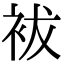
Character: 袚